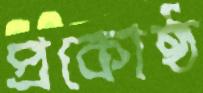
প্রকোষ্ঠ